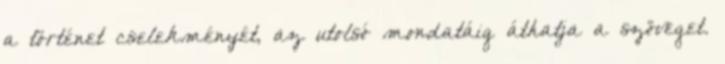
a történet cselekményét, az utolsó mondatáig áthatja a szöveget.